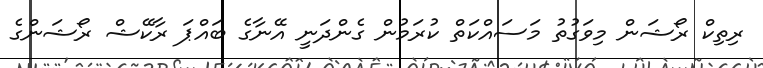
ރިތިކް ރޯޝަން މިވަގުތު މަސައްކަތް ކުރަމުން ގެންދަނީ އޭނާގެ ބައްޕަ ރާކޭޝް ރޯޝަންގެ